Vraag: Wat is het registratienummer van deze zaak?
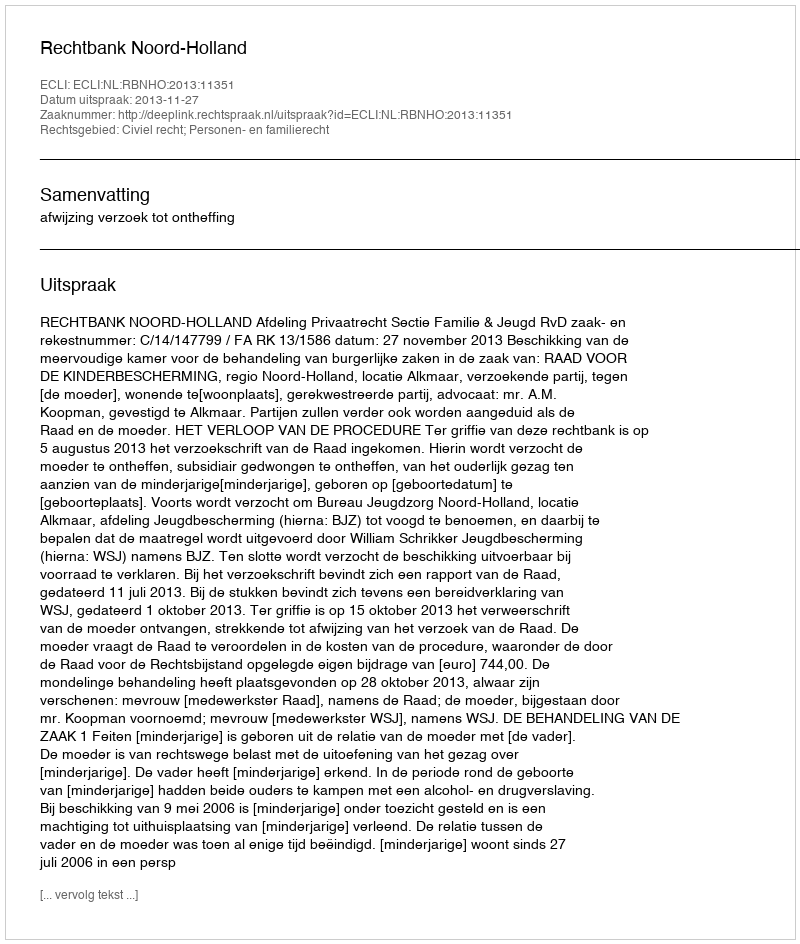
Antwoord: http://deeplink.rechtspraak.nl/uitspraak?id=ECLI:NL:RBNHO:2013:11351